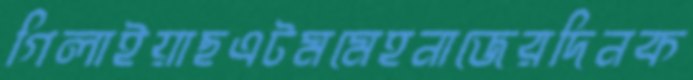
গিলাইয়াছএটমমেহনাজেরদিনক